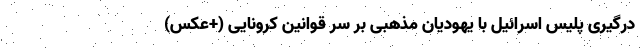
درگیری پلیس اسرائیل با یهودیان مذهبی بر سر قوانین کرونایی (+عکس)